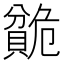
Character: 𬥣